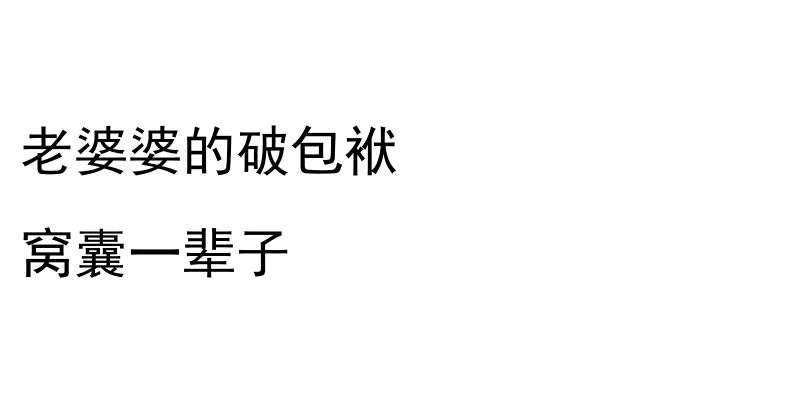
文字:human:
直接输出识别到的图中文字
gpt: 老婆婆的破包袱 窝囊一辈子